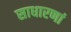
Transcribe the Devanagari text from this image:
साधारणां